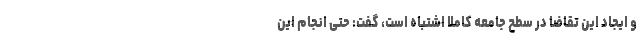
و ایجاد این تقاضا در سطح جامعه کاملا اشتباه است، گفت: حتی انجام این